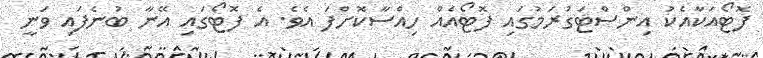
ފޮޓޯއަކާއެކު އިންސްޓަގުރަމުގައި ފޮޓޯއެއް ހިއްސާކޮށްފަ އެވެ. އެ ފޮޓޯގައި އޭނާ ބުނެފައި ވަނީ